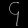
Digit: ၄